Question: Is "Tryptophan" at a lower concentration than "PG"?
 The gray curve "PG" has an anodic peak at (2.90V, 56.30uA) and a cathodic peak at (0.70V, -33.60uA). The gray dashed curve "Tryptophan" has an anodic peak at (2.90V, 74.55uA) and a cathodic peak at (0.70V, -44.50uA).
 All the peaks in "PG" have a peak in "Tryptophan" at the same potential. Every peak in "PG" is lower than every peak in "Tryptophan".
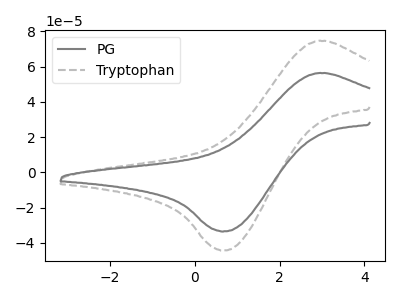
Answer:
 <answer>"PG" has less signal than "Tryptophan" and so likely has a lower concentration.</answer>
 <eval>less_concentration</eval>